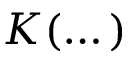
K ( \dots )